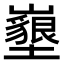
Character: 𡓚